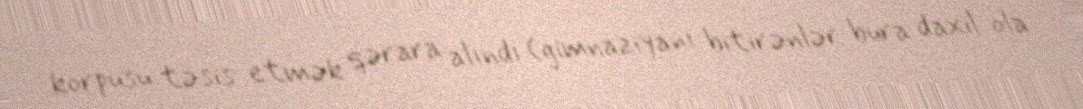
korpusu təsis etmək qərara alındı (gimnaziyanı bitirənlər bura daxil ola